Eesti_Evangeeliumi_Luteri_Usu_Konsistoorium, lk 8
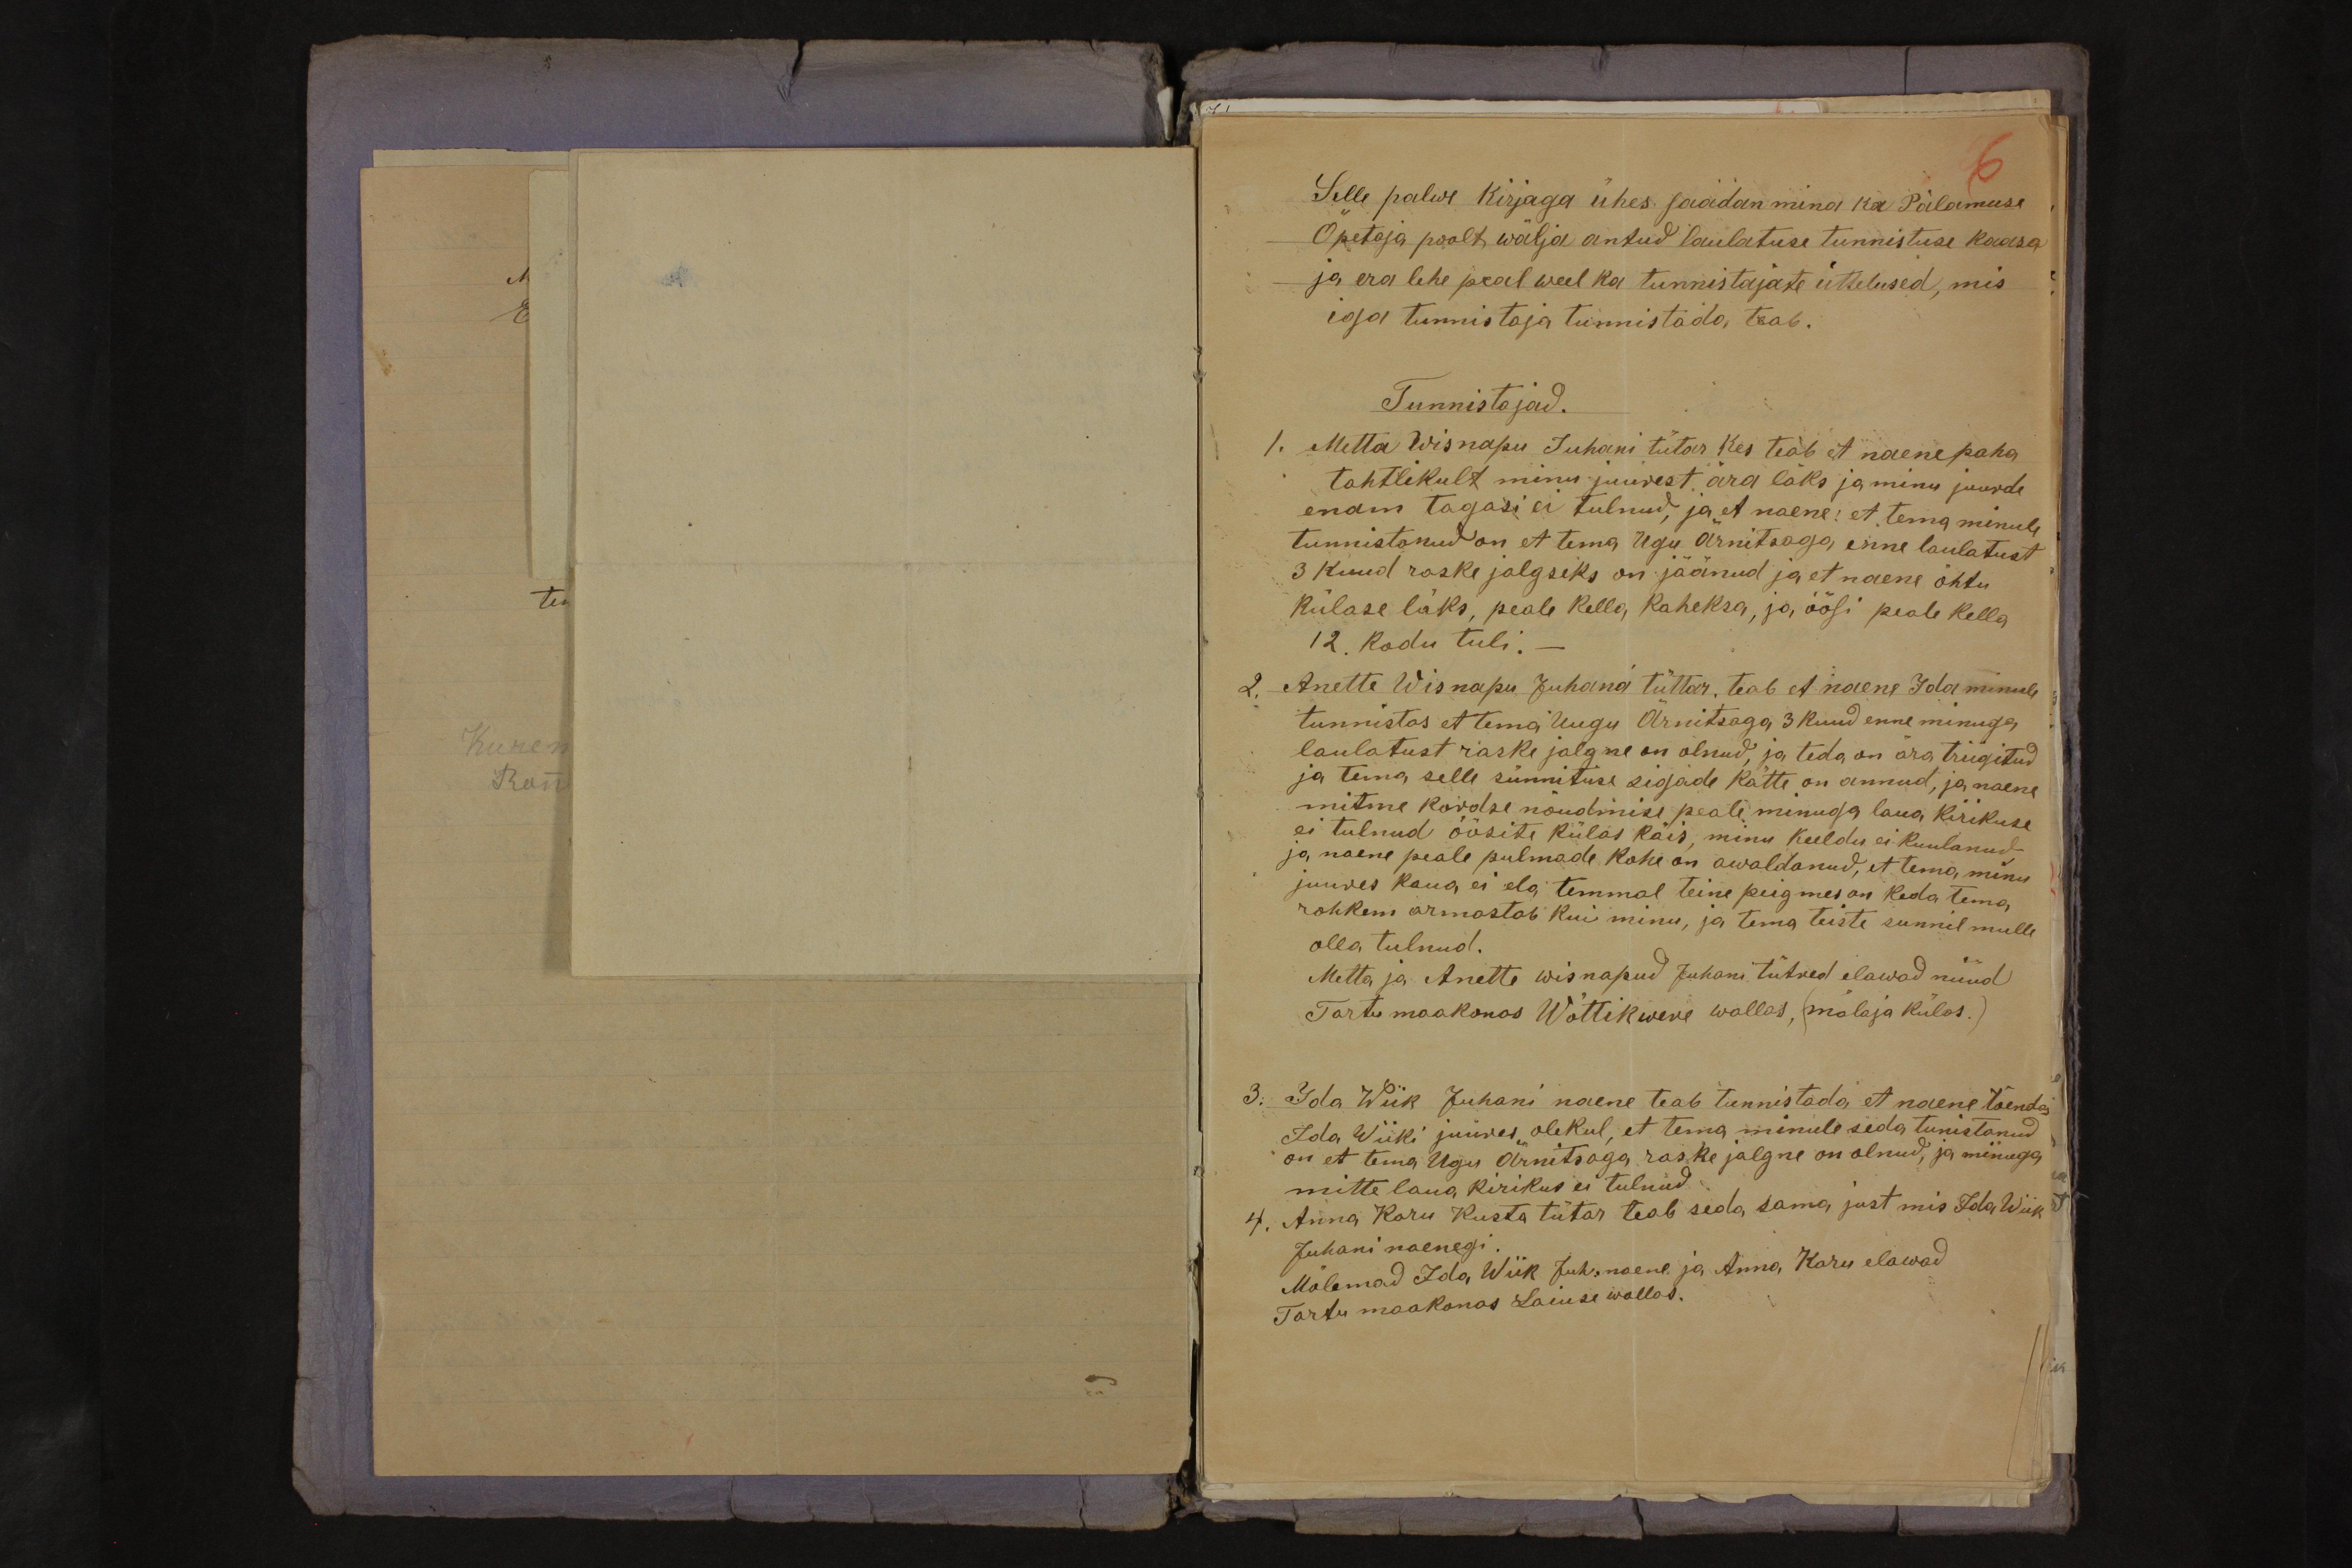
6
Selle palwe kirjaga ühes saadan mina ka Palamuse
Õpetaja poolt wälja antud laulatuse tunnistuse kaasa
ja era lehe peal weel ka tunnistajate üttelused, mis
iga tunnistaja tunnistada teab.
Tunnistajad.
1. Metta Wisnapu Juhani tütar Kes teab et naenepaha
tahtlikult minu juurest ära läks ja minu juurde
enam tagasi ei tulnud, ja et naene: et tema minule
tunnistanud on et tema Ugu Ärnitsaga enne laulatust
3 kuud raske jalgseks on jäänud ja et naene õhtu
külase läks, peale kella kaheksa, ja öösi peale kella
12. kodu tuli. -
2. Anette Wisnapu Juhana tüttar, teab et naene Ida minule
tunnistas et tema Uugu Ärnitsaga 3 kuud enne minuga
laulatust raske jalgne on olnud, ja teda on ära triigitud
ja tema selle sünnituse sigade kätte on annud, ja naene
mitme kordse nõudmise peale minuga laua kirikuse
ei tulnud öösite külas käis, minu keeldu ei kuulanud
ja naene peale pulmade kohe on awaldanud, et tema minu
juures kaua ei ela temmal teine peigmes on keda tema
rohkem armastab kui minu, ja tema teiste sunnil mulle
olla tulnud.
Metta ja Anette Wisnapud Juhani tütred elawad nüüd
Tartu maakonas Wõttikwere wallas, (molaja külas.)
3. Ida Wiik Juhani naene teab tunnistada, et naene tõendas
Ida Wiiki juures olekul, et tema minule seda tunistanud
on et tema Ugu Ärnitsaga raske jalgne on olnud, ja minuga
mitte laua kirikus ei tulnud.
4. Anna Karu Kusta tütar teab seda sama just mis Ida Wiik
Juhani naenegi.
Mõlemad Ida Wiik Juh. naene ja Anna Karu elawad
Tartu maakonas Laiuse wallas.